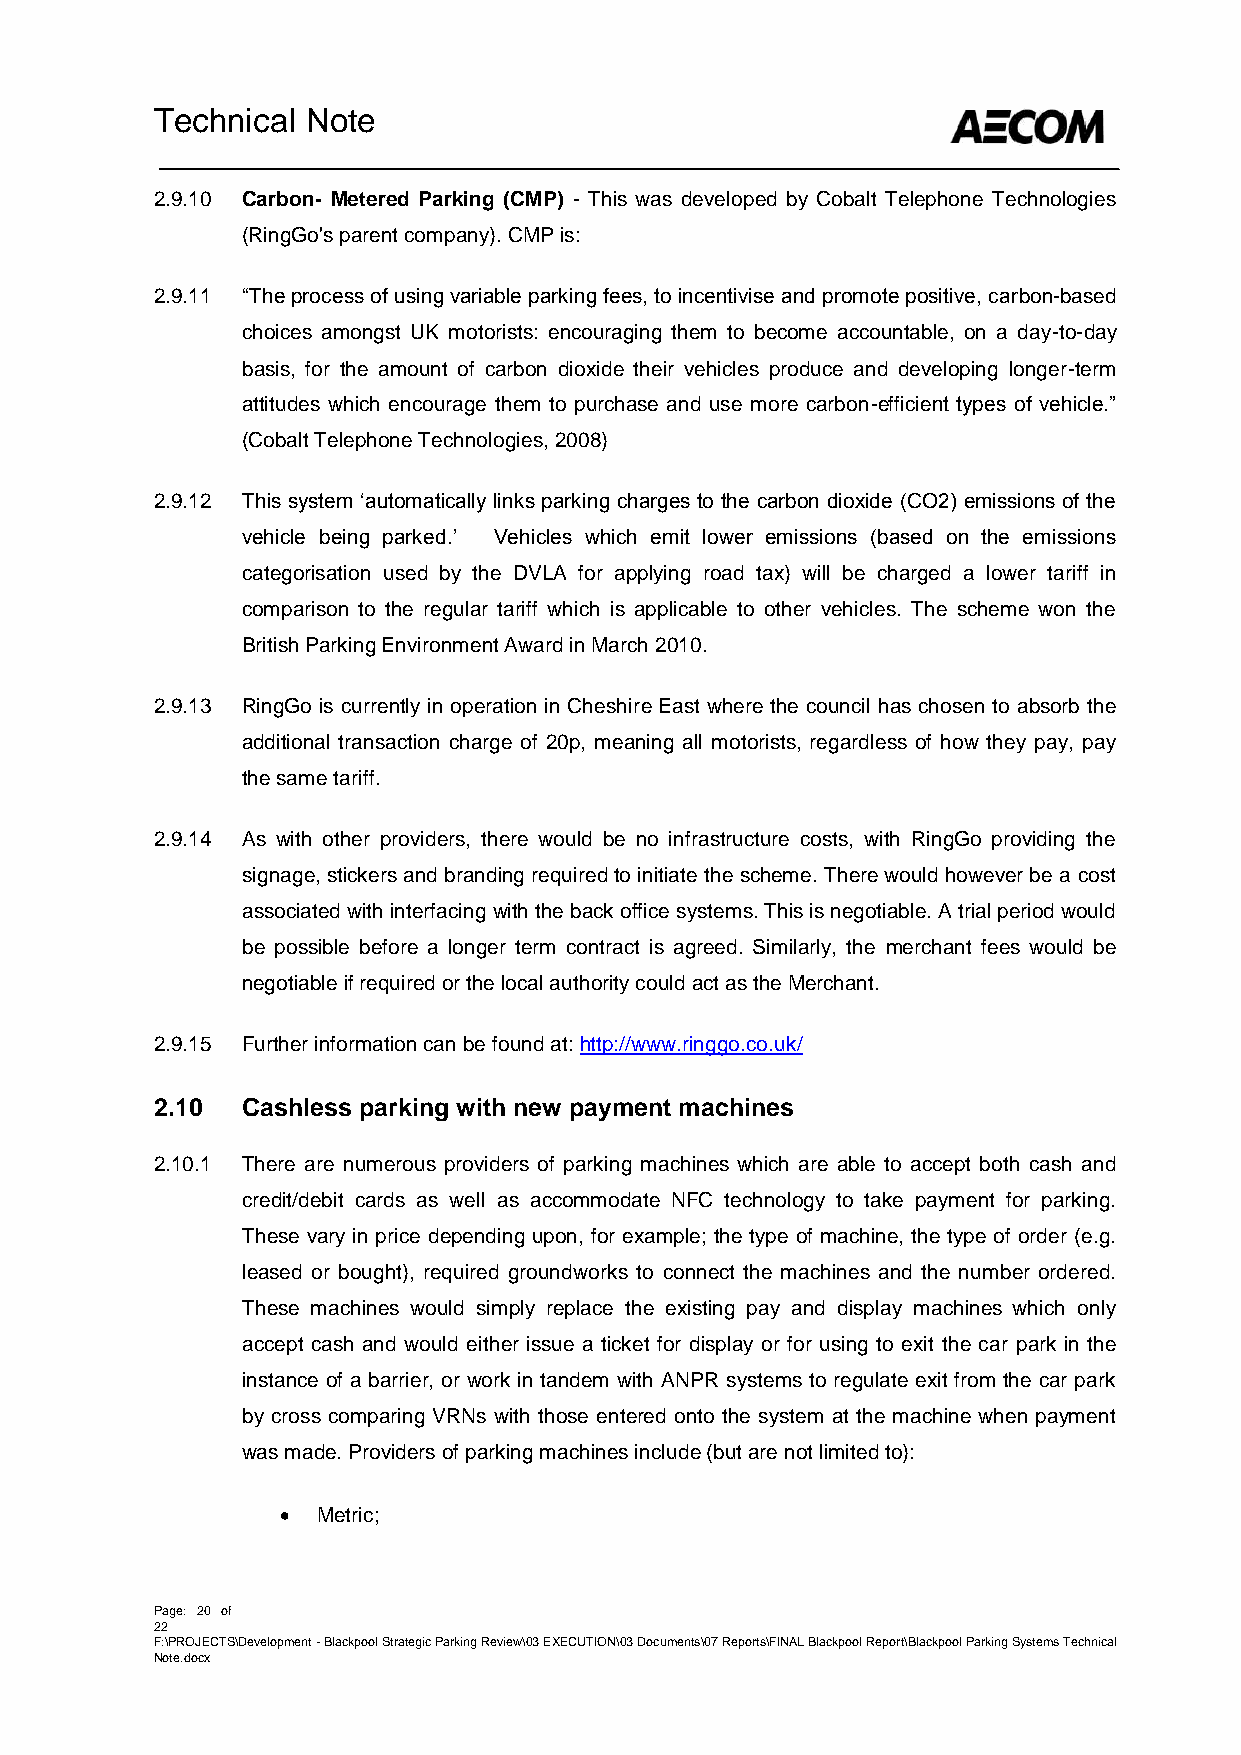
Technical Note
 2.9.10 Carbon- Metered Parking (CMP) - This was developed by Cobalt Telephone Technologies
 (RingGo's parent company). CMP is:
 2.9.11 “The process of using variable parking fees, to incentivise and promote positive, carbon-based
 choices amongst UK motorists: encouraging them to become accountable, on a day-to-day
 basis, for the amount of carbon dioxide their vehicles produce and developing longer-term
 attitudes which encourage them to purchase and use more carbon-efficient types of vehicle.”
 (Cobalt Telephone Technologies, 2008)
 2.9.12 This system ‘automatically links parking charges to the carbon dioxide (CO2) emissions of the
 vehicle being parked.’ Vehicles which emit lower emissions (based on the emissions
 categorisation used by the DVLA for applying road tax) will be charged a lower tariff in
 comparison to the regular tariff which is applicable to other vehicles. The scheme won the
 British Parking Environment Award in March 2010.
 2.9.13 RingGo is currently in operation in Cheshire East where the council has chosen to absorb the
 additional transaction charge of 20p, meaning all motorists, regardless of how they pay, pay
 the same tariff.
 2.9.14 As with other providers, there would be no infrastructure costs, with RingGo providing the
 signage, stickers and branding required to initiate the scheme. There would however be a cost
 associated with interfacing with the back office systems. This is negotiable. A trial period would
 be possible before a longer term contract is agreed. Similarly, the merchant fees would be
 negotiable if required or the local authority could act as the Merchant.
 2.9.15 Further information can be found at: http://www.ringgo.co.uk/
 2.10  Cashless parking with new payment machines
 2.10.1 There are numerous providers of parking machines which are able to accept both cash and
 credit/debit cards as well as accommodate NFC technology to take payment for parking.
 These vary in price depending upon, for example; the type of machine, the type of order (e.g.
 leased or bought), required groundworks to connect the machines and the number ordered.
 These machines would simply replace the existing pay and display machines which only
 accept cash and would either issue a ticket for display or for using to exit the car park in the
 instance of a barrier, or work in tandem with ANPR systems to regulate exit from the car park
 by cross comparing VRNs with those entered onto the system at the machine when payment
 was made. Providers of parking machines include (but are not limited to):
  Metric;
 Page: 20 of
 22
 F:\PROJECTS\Development - Blackpool Strategic Parking Review\03 EXECUTION\03 Documents\07 Reports\FINAL Blackpool Report\Blackpool Parking Systems Technical
 Note.docx